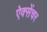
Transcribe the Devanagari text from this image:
ऐक्सेंचर